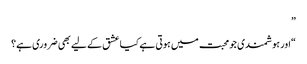
”
“اور ہوشمندی جو محبت میں ہوتی ہے کیا عشق کے لیے بھی ضروری ہے؟